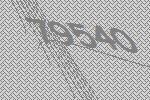
79540